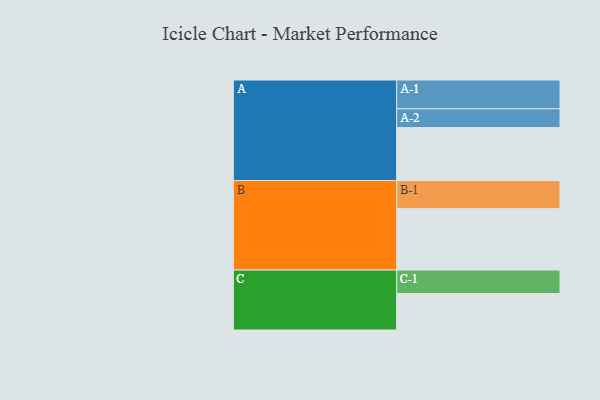
{"axis": {"x": "Segment", "y": "Value"}, "legend": ["", "A", "B", "C"], "data": [{"x": "A", "y": 453, "type": ""}, {"x": "B", "y": 525, "type": ""}, {"x": "C", "y": 312, "type": ""}, {"x": "A-1", "y": 246, "type": "A"}, {"x": "A-2", "y": 161, "type": "A"}, {"x": "B-1", "y": 241, "type": "B"}, {"x": "C-1", "y": 201, "type": "C"}]}